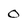
Character: 0